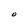
Character: O